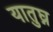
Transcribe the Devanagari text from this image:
यातुघ्न